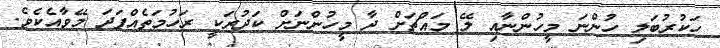
ހަކުރުބަލި ހުންނަ މީހުންނާއި ލޭ މައްޗަށް ދާ މީހުންނަށް ކަދުރަކީ ރަހުމަތެއްފަދަ މޭވާއެކެވެ.